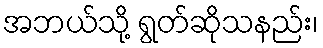
အဘယ်သို့ ရွတ်ဆိုသနည်း၊